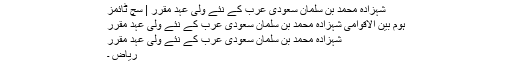
شہزادہ محمد بن سلمان سعودی عرب کے نئے ولی عہد مقرر | سچ ٹائمز
ہوم بین الاقوامی شہزادہ محمد بن سلمان سعودی عرب کے نئے ولی عہد مقرر
شہزادہ محمد بن سلمان سعودی عرب کے نئے ولی عہد مقرر
ریاض ۔